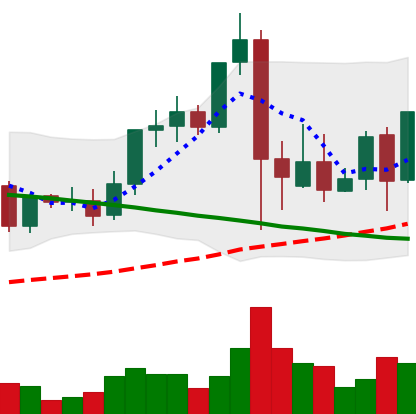
Ticker: LINK-USD
Chart end date: 2021-09-14
Forward return: -10.897%
Label: down_7plus